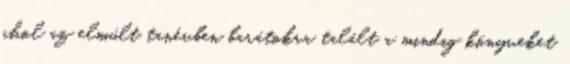
ahol az elmúlt tanévben barátokra talált a mindig könyveket